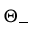
\Theta _ { - }